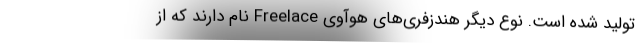
تولید شده است. نوع دیگر هندزفری‌های هوآوی Freelace نام دارند که از